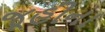
જૂહીના